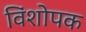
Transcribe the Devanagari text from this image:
विंशोपक